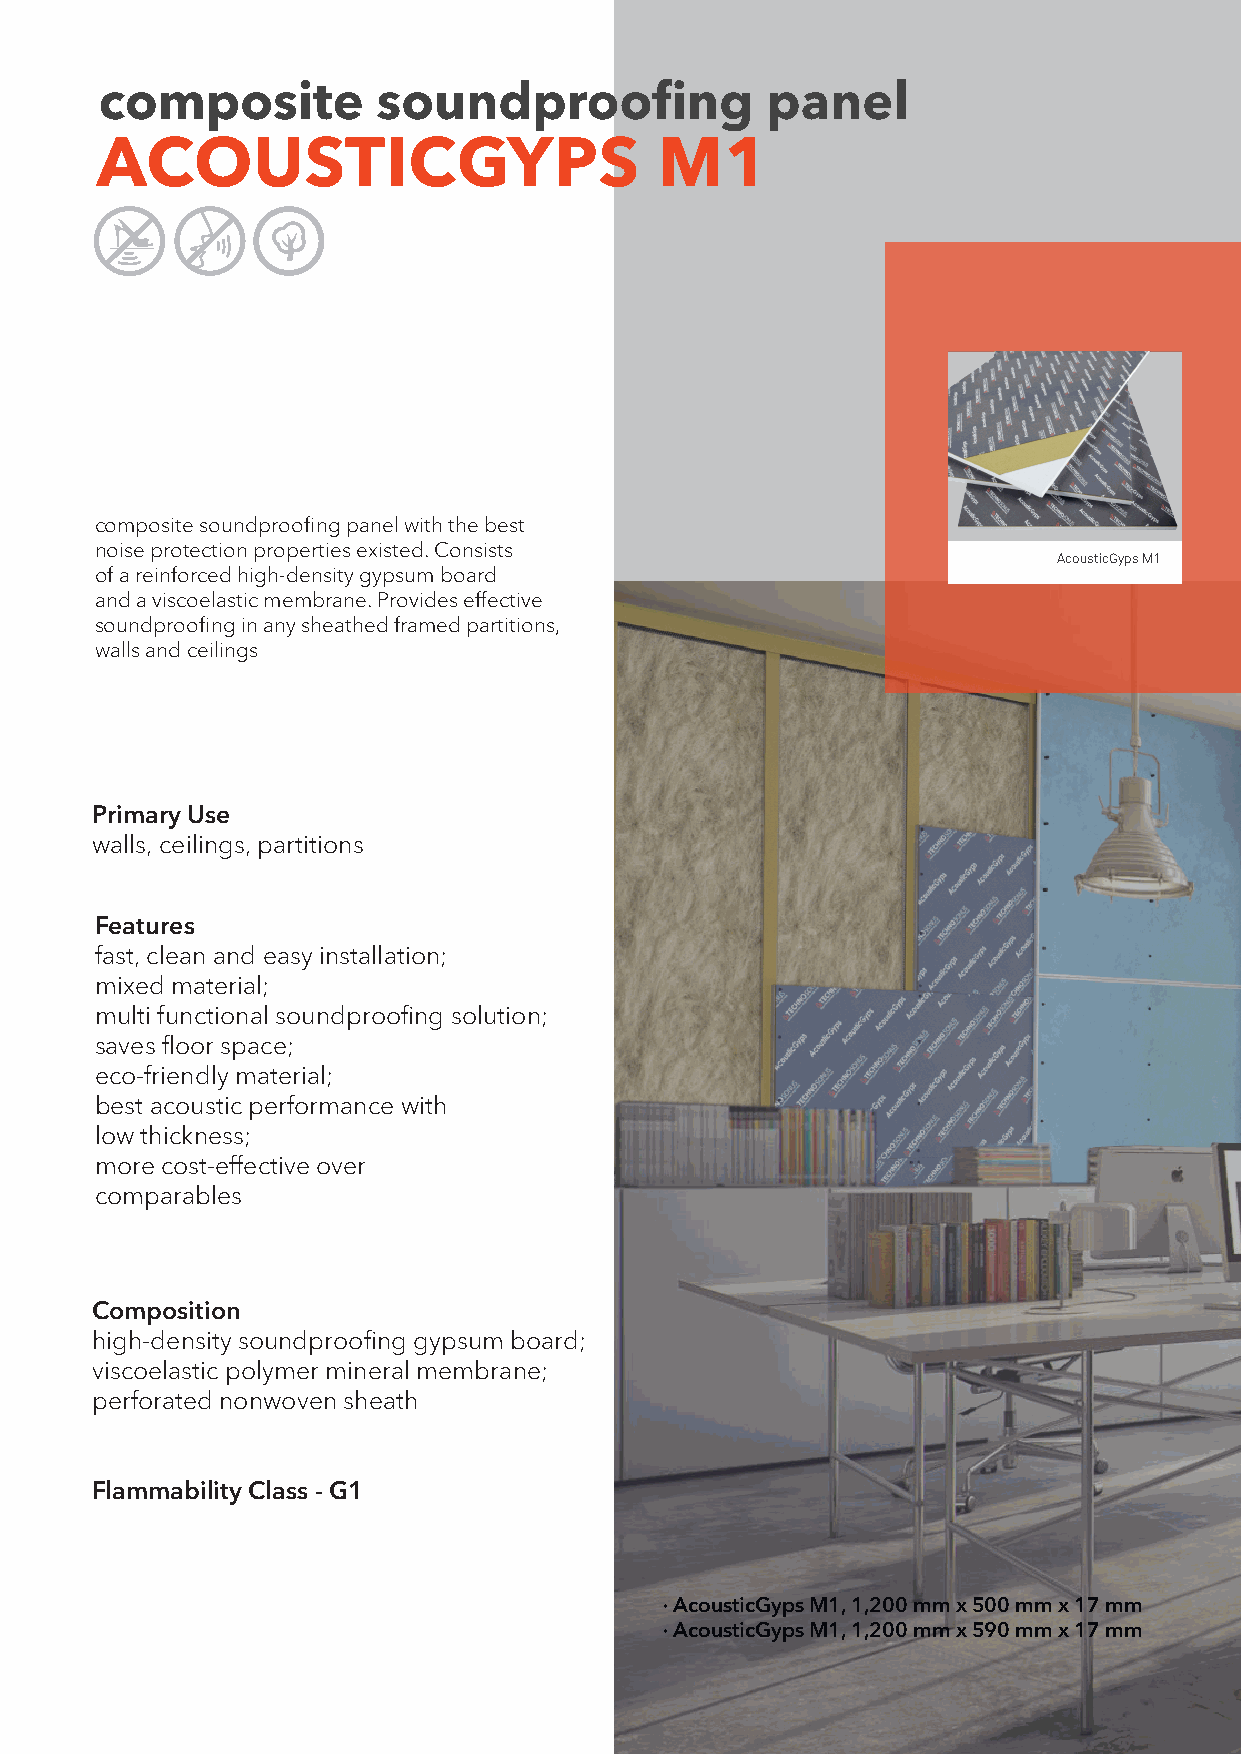
composite         soundproofing             panel
 ACOUSTICGYPS                          M1
 composite soundproofing panel with the best
 noise protection properties existed. Consists
 AcousticGyps M1
 of a reinforced high-density gypsum board
 and a viscoelastic membrane. Provides effective
 soundproofing in any sheathed framed partitions,
 walls and ceilings
 Primary Use
 walls, ceilings, partitions
 Features
 fast, clean and easy installation;
 mixed material;
 multi functional soundproofing solution;
 saves floor space;
 eco-friendly material;
 best acoustic performance with
 low thickness;
 more cost-effective over
 comparables
 Composition
 high-density soundproofing gypsum board;
 viscoelastic polymer mineral membrane;
 perforated nonwoven sheath
 Flammability Class - G1
 · AcousticGyps M1, 1,200 mm x 500 mm x 17 mm
 · AcousticGyps M1, 1,200 mm x 590 mm x 17 mm